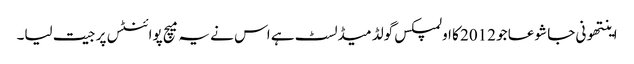
اینتھونی جا شوعا جو 2012 کا اولمپکس گولڈ میڈلسٹ ہے اس نے یہ میچ پوائنٹس پر جیت لیا۔